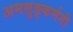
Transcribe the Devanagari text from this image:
अमसुङ्कर्णगी